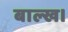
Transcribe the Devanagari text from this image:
बाल्ख।